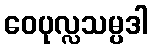
ဝေပုလ္လသမ္ပဒါ